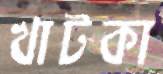
খাটকা